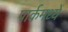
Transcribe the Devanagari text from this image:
पार्कमध्यें